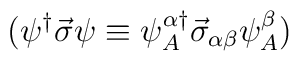
(\psi^{\dagger}\vec\sigma\psi\equiv\psi^{\alpha\dagger}_A\vec\sigma_{\alpha\beta}\psi^\beta_A)